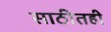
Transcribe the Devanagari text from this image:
साठीतही